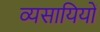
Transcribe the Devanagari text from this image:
व्यसायियों